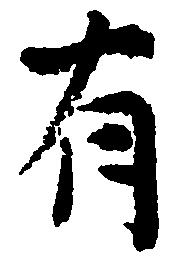
有